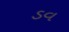
ડવ